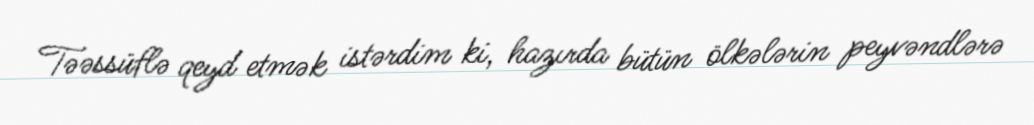
Təəssüflə qeyd etmək istərdim ki, hazırda bütün ölkələrin peyvəndlərə